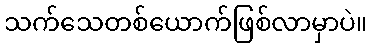
သက်သေတစ်ယောက်ဖြစ်လာမှာပဲ။